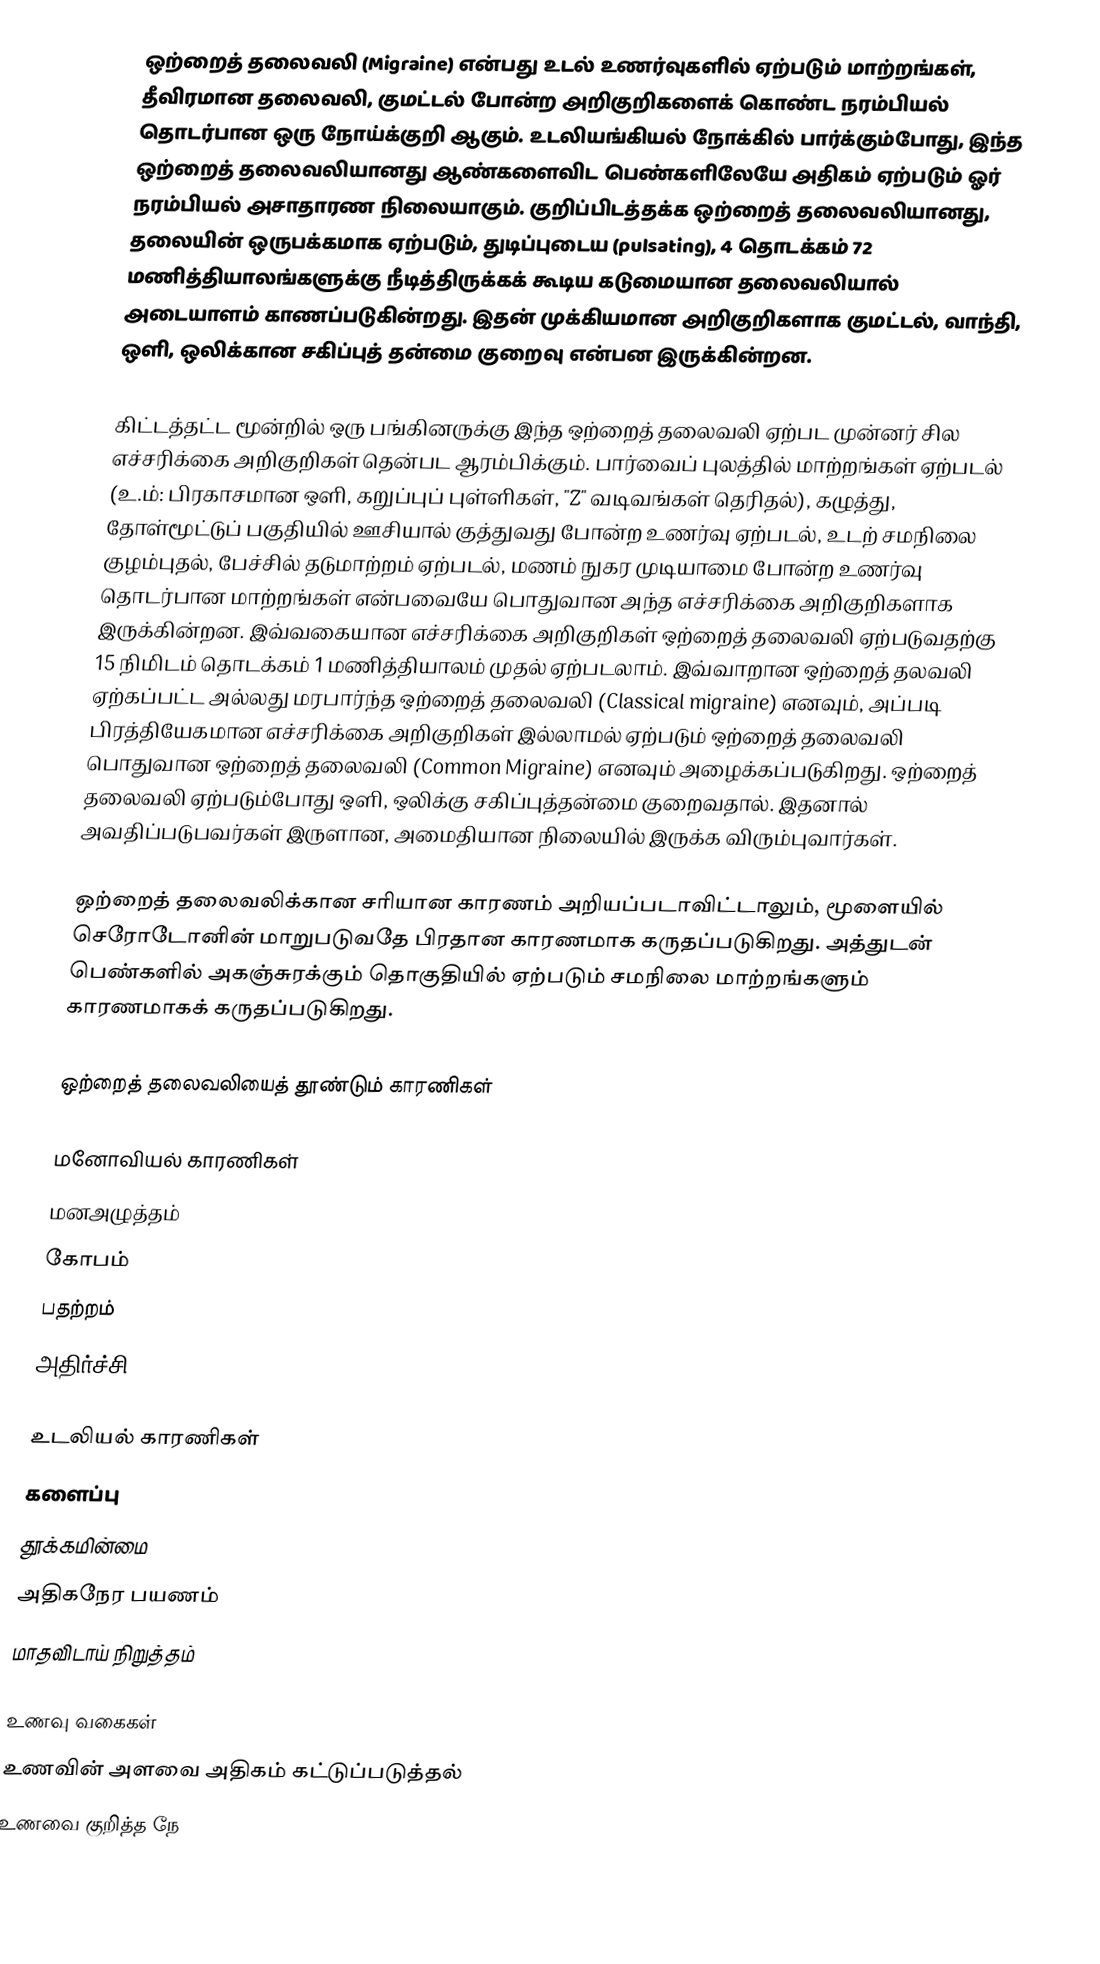
ஒற்றைத் தலைவலி (Migraine) என்பது உடல் உணர்வுகளில் ஏற்படும் மாற்றங்கள், தீவிரமான தலைவலி, குமட்டல் போன்ற அறிகுறிகளைக் கொண்ட நரம்பியல் தொடர்பான ஒரு நோய்க்குறி ஆகும். உடலியங்கியல் நோக்கில் பார்க்கும்போது, இந்த ஒற்றைத் தலைவலியானது ஆண்களைவிட பெண்களிலேயே அதிகம் ஏற்படும் ஓர் நரம்பியல் அசாதாரண நிலையாகும். குறிப்பிடத்தக்க ஒற்றைத் தலைவலியானது, தலையின் ஒருபக்கமாக ஏற்படும், துடிப்புடைய (pulsating), 4 தொடக்கம் 72 மணித்தியாலங்களுக்கு நீடித்திருக்கக் கூடிய கடுமையான தலைவலியால் அடையாளம் காணப்படுகின்றது. இதன் முக்கியமான அறிகுறிகளாக குமட்டல், வாந்தி, ஒளி, ஒலிக்கான சகிப்புத் தன்மை குறைவு என்பன இருக்கின்றன.

கிட்டத்தட்ட மூன்றில் ஒரு பங்கினருக்கு இந்த ஒற்றைத் தலைவலி ஏற்பட முன்னர் சில எச்சரிக்கை அறிகுறிகள் தென்பட ஆரம்பிக்கும். பார்வைப் புலத்தில் மாற்றங்கள் ஏற்படல் (உ.ம்: பிரகாசமான ஒளி, கறுப்புப் புள்ளிகள், "Z" வடிவங்கள் தெரிதல்), கழுத்து, தோள்மூட்டுப் பகுதியில் ஊசியால் குத்துவது போன்ற உணர்வு ஏற்படல், உடற் சமநிலை குழம்புதல், பேச்சில் தடுமாற்றம் ஏற்படல், மணம் நுகர முடியாமை போன்ற உணர்வு தொடர்பான மாற்றங்கள் என்பவையே பொதுவான அந்த எச்சரிக்கை அறிகுறிகளாக இருக்கின்றன. இவ்வகையான எச்சரிக்கை அறிகுறிகள் ஒற்றைத் தலைவலி ஏற்படுவதற்கு 15 நிமிடம் தொடக்கம் 1 மணித்தியாலம் முதல் ஏற்படலாம். இவ்வாறான ஒற்றைத் தலவலி ஏற்கப்பட்ட அல்லது மரபார்ந்த ஒற்றைத் தலைவலி (Classical migraine) எனவும், அப்படி பிரத்தியேகமான எச்சரிக்கை அறிகுறிகள் இல்லாமல் ஏற்படும் ஒற்றைத் தலைவலி பொதுவான ஒற்றைத் தலைவலி (Common Migraine) எனவும் அழைக்கப்படுகிறது. ஒற்றைத் தலைவலி ஏற்படும்போது ஒளி, ஒலிக்கு சகிப்புத்தன்மை குறைவதால். இதனால் அவதிப்படுபவர்கள் இருளான, அமைதியான நிலையில் இருக்க விரும்புவார்கள்.

ஒற்றைத் தலைவலிக்கான சரியான காரணம் அறியப்படாவிட்டாலும், மூளையில் செரோடோனின் மாறுபடுவதே பிரதான காரணமாக கருதப்படுகிறது. அத்துடன் பெண்களில் அகஞ்சுரக்கும் தொகுதியில் ஏற்படும் சமநிலை மாற்றங்களும் காரணமாகக் கருதப்படுகிறது.

ஒற்றைத் தலைவலியைத் தூண்டும் காரணிகள்

மனோவியல் காரணிகள்
 மனஅழுத்தம்
 கோபம்
 பதற்றம்
 அதிர்ச்சி

உடலியல் காரணிகள்
 களைப்பு
 தூக்கமின்மை
 அதிகநேர பயணம்
 மாதவிடாய் நிறுத்தம்

உணவு வகைகள்
 உணவின் அளவை அதிகம் கட்டுப்படுத்தல்
 உணவை குறித்த நே